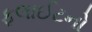
ફલાઈટનો